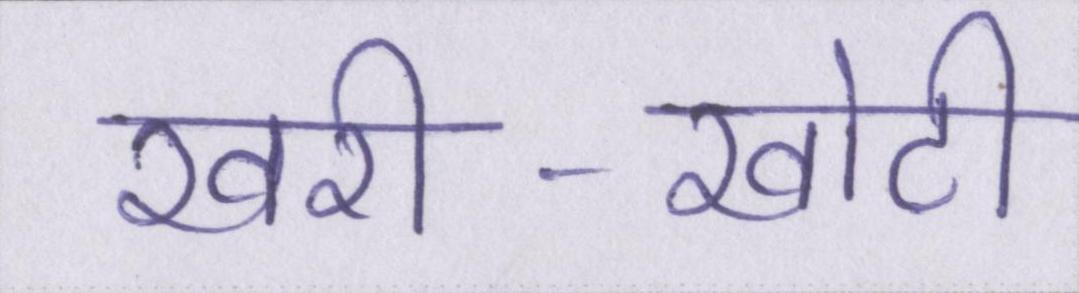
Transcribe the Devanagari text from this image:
खरी-खोटी